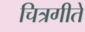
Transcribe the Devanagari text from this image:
चित्रगीते